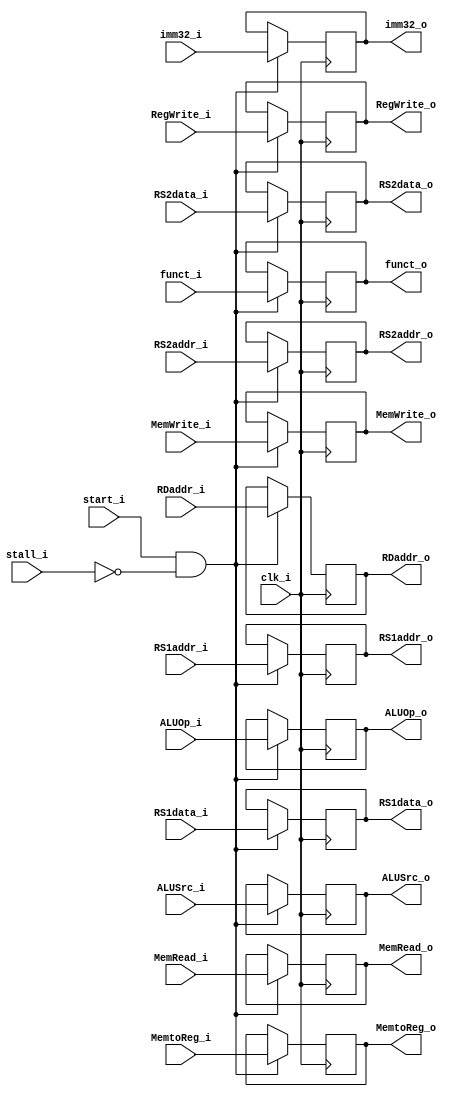
module IDEX
(
    clk_i,
    start_i,
    stall_i,
    
    ALUOp_i,
    ALUSrc_i,
    RegWrite_i,
    MemtoReg_i,
    MemRead_i,
    MemWrite_i,
    RS1addr_i, 
    RS2addr_i, 
    RS1data_i, 
    RS2data_i,
    funct_i,
    imm32_i,
    RDaddr_i,

    ALUOp_o,
    ALUSrc_o,
    RegWrite_o,
    MemtoReg_o,
    MemRead_o,
    MemWrite_o,
    RS1addr_o,
    RS2addr_o,
    RS1data_o, 
    RS2data_o,
    funct_o,
    imm32_o,
    RDaddr_o
);

// Ports
input               clk_i;
input               start_i;
input               stall_i;
input   [1:0]       ALUOp_i;
input               ALUSrc_i;
input               RegWrite_i;
input               MemtoReg_i;
input               MemRead_i;
input               MemWrite_i;
input   [4:0]       RS1addr_i;
input   [4:0]       RS2addr_i;
input   [31:0]      RS1data_i; 
input   [31:0]      RS2data_i;
input   [9:0]       funct_i;
input   [31:0]      imm32_i;
input   [4:0]       RDaddr_i;

output  [1:0]       ALUOp_o;
output              ALUSrc_o;
output              RegWrite_o;
output              MemtoReg_o;
output              MemRead_o;
output              MemWrite_o;
output  [4:0]       RS1addr_o;
output  [4:0]       RS2addr_o;
output  [31:0]      RS1data_o; 
output  [31:0]      RS2data_o;
output  [9:0]       funct_o;
output  [31:0]      imm32_o;
output  [4:0]       RDaddr_o;

reg     [1:0]       ALUOp_o;
reg                 ALUSrc_o;
reg                 RegWrite_o;
reg                 MemtoReg_o;
reg                 MemRead_o;
reg                 MemWrite_o;
reg     [4:0]       RS1addr_o;
reg     [4:0]       RS2addr_o;
reg     [31:0]      RS1data_o; 
reg     [31:0]      RS2data_o;
reg     [9:0]       funct_o;
reg     [31:0]      imm32_o;
reg     [4:0]       RDaddr_o;

always@(posedge clk_i) begin
    if(start_i && !stall_i) begin
        ALUOp_o <= ALUOp_i;
        ALUSrc_o <= ALUSrc_i;
        RegWrite_o <= RegWrite_i;
        MemtoReg_o <= MemtoReg_i;
        MemRead_o <= MemRead_i;
        MemWrite_o <= MemWrite_i;
        RS1addr_o <= RS1addr_i;
        RS2addr_o <= RS2addr_i;
        RS1data_o <= RS1data_i;
        RS2data_o <= RS2data_i;
        funct_o <= funct_i;
        imm32_o <= imm32_i;
        RDaddr_o <= RDaddr_i;
    end
end

endmodule